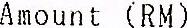
AMOUNT(RM)